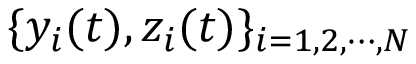
\{ y _ { i } ( t ) , z _ { i } ( t ) \} _ { i = 1 , 2 , \cdots , N }